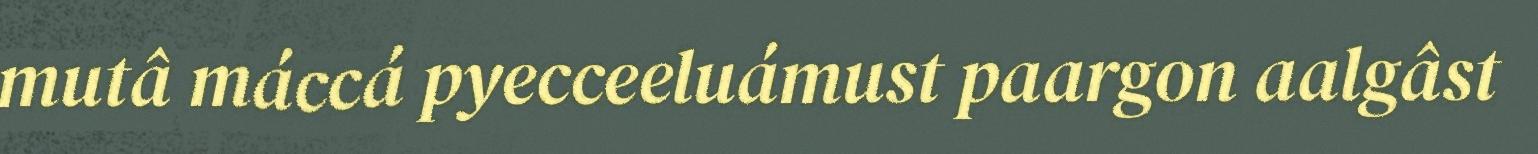
mutâ máccá pyecceeluámust paargon aalgâst